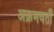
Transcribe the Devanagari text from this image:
अक्रमवर्ती